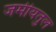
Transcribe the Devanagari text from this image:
जमीयतुल